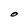
Character: O